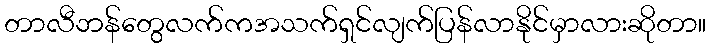
တာလီဘန်တွေလက်ကအသက်ရှင်လျက်ပြန်လာနိုင်မှာလားဆိုတာ။